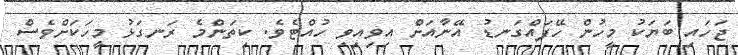
ޖަހައި ބަޔަކު މީހުން ހޭފައްގަނޑު އޭނާއަށް އިވިއިވި ހުއްޓެވެ. ކިތަންމެ ރަނގަޅު މީހަކަށްވެސް